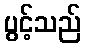
ပွင့်သည်